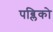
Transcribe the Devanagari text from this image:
पब्लिको